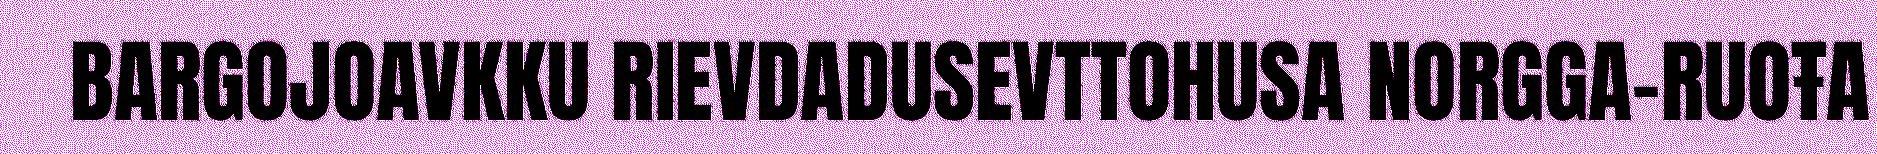
BARGOJOAVKKU RIEVDADUSEVTTOHUSA NORGGA-RUOŦA